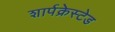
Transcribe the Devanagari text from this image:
शार्पक्रेस्टेड